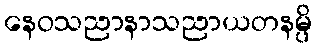
နေဝသညာနာသညာယတနမ္ပိ